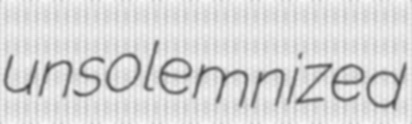
unsolemnized